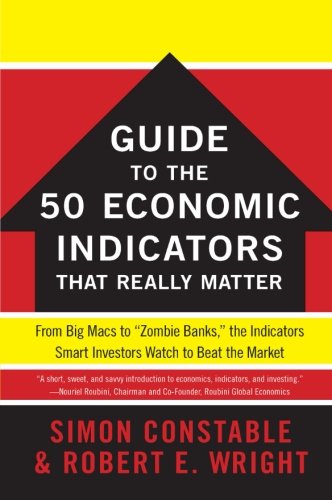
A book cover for The WSJ Guide to the 50 Economic Indicators That Really Matter: From Big Macs to "Zombie Banks," the Indicators Smart Investors Watch to Beat the Market (Wall Street Journal Guides); Simon Constable; Business & Money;